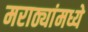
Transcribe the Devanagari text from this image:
मराठ्यांमध्ये